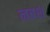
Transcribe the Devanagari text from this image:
नबश